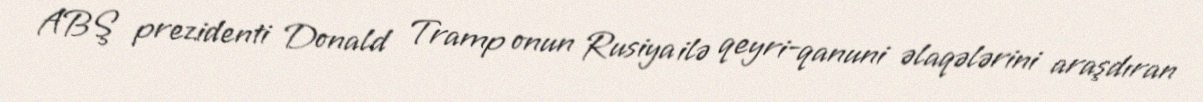
ABŞ prezidenti Donald Tramp onun Rusiya ilə qeyri-qanuni əlaqələrini araşdıran